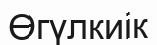
Өгүлкиік